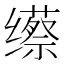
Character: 𱺯